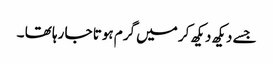
جسے دیکھ دیکھ کر میں گرم ہوتا جا رہا تھا ۔